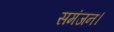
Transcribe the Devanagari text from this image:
समंजन।